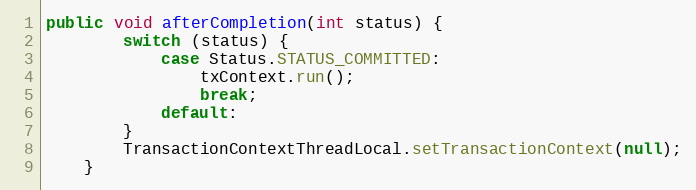
Language: Java
public void afterCompletion(int status) {
		switch (status) {
			case Status.STATUS_COMMITTED:
				txContext.run();
				break;
			default:
		}
		TransactionContextThreadLocal.setTransactionContext(null);
	}